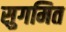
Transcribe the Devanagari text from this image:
सुगमित